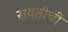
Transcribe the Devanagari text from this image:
सवतीची